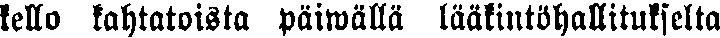
kello kahtatoista päiwällä lääkintöhallitukselta